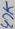
Text: 40K